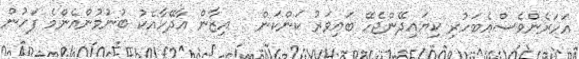
އަހަރެންވެސްއެބަހުރި ކިޔައިދޭންޖެހޭ ބައިވަރު ކަންކަން   އިޒާން އާދޭހާއެކު ބުނުމުންއެންމެ ފަހުން